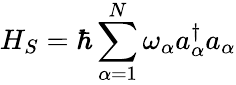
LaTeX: H_{S}=\hbar\sum_{\alpha=1}^{N}\omega_{\alpha}a_{\alpha}^{\dagger}a_{\alpha}